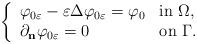
LaTeX: \begin{align*} \left\{ \begin{array}{ll}\varphi_{0\varepsilon} - \varepsilon \Delta \varphi_{0\varepsilon} = \varphi_0& \textrm{in $\Omega$}, \\\partial_{\bf{n}}\varphi_{0\varepsilon} = 0& \textrm{on $ \Gamma $.}\end{array}\right.\end{align*}